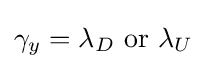
\gamma _{y}=\lambda _{D}{\text{ or }}\lambda _{U}